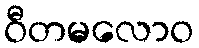
ဝီတမလောဝ